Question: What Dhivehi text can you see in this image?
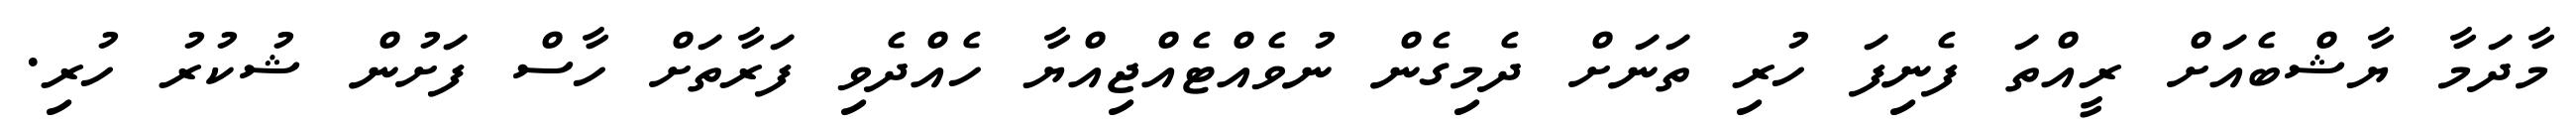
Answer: މާދަމާ ޔާޝްބެއަށް ރީއްތަ ފެނިފަ ހުރި ތަނަށް ދެމިގެން ނުވެއްޓެއްޖިއްޔާ ހެއްދެވި ފަރާތަށް ހާސް ފަށުން ޝުކުރު ހުރި.